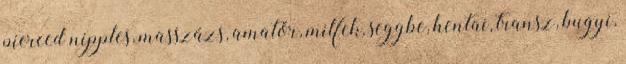
pierced nipples, masszázs, amatőr, milfek, seggbe, hentai, transz, bugyi,